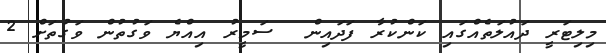
މިލިޓަރީ ދައުލަތެއްގައި ކަންކުރާ ފަދައިން  ސަމީރު އިއްޔެ ވަގުތުން ވަގުތަށް 2